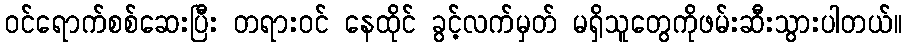
၀င်ရောက်စစ်ဆေးပြီး တရား၀င် နေထိုင် ခွင့်လက်မှတ် မရှိသူတွေကိုဖမ်းဆီးသွားပါတယ်။